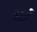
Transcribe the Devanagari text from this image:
डार्ल